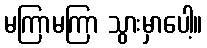
မကြာမကြာ သွားမှာပေါ့။